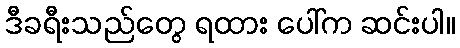
ဒီခရီးသည်တွေ ရထား ပေါ်က ဆင်းပါ။